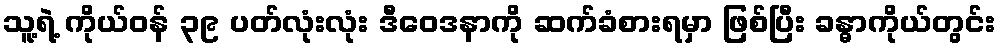
သူ့ရဲ့ ကိုယ်ဝန် ၃၉ ပတ်လုံးလုံး ဒီဝေဒနာကို ဆက်ခံစားရမှာ ဖြစ်ပြီး ခန္ဓာကိုယ်တွင်း